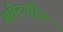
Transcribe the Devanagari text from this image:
संवेदनहिन्